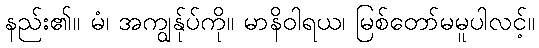
နည်း၏။ မံ၊ အကျွန်ုပ်ကို။ မာနိဝါရယ၊ မြစ်တော်မမူပါလင့်။